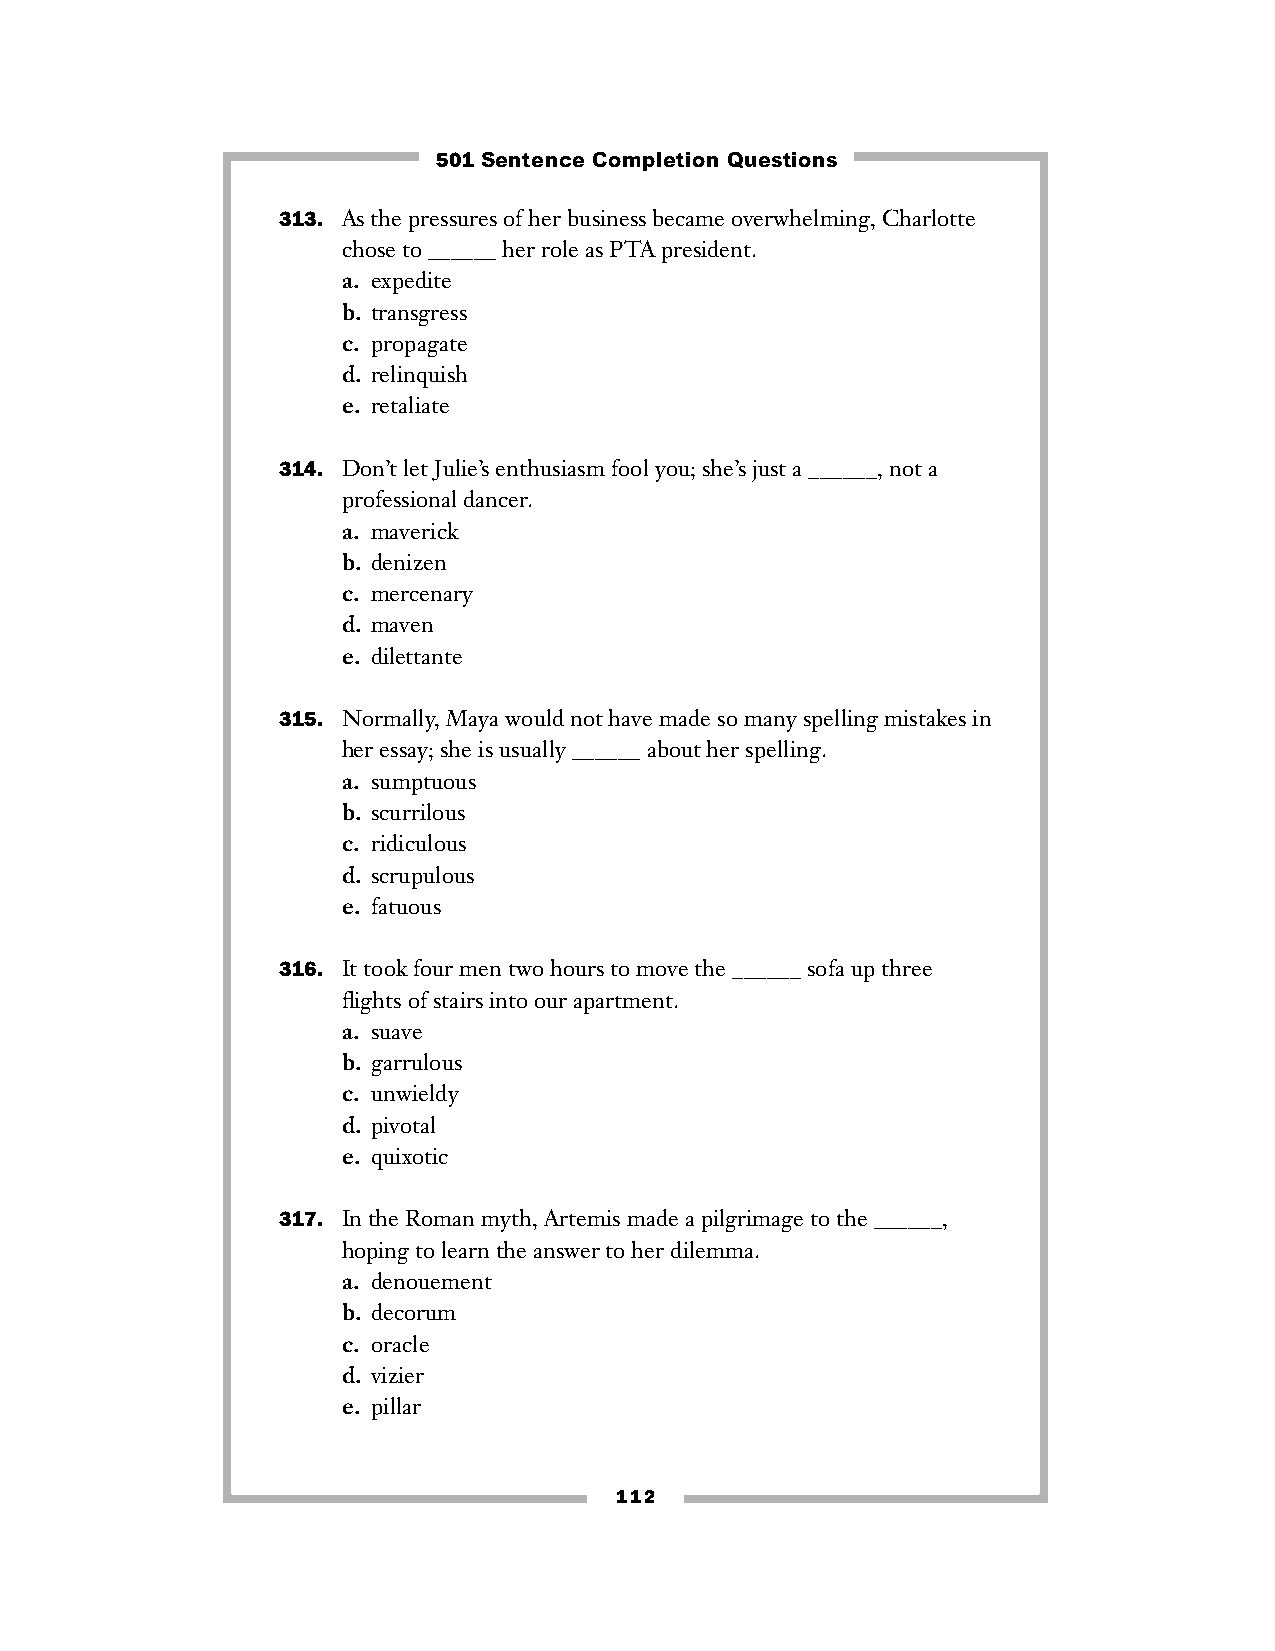
501 Sentence Completion Questions
 313. As the pressures of her business became overwhelming, Charlotte
 chose to ______ her role as PTA president.
 a. expedite
 b. transgress
 c. propagate
 d. relinquish
 e. retaliate
 314. Don’t let Julie’s enthusiasm fool you; she’s just a ______, not a
 professional dancer.
 a. maverick
 b. denizen
 c. mercenary
 d. maven
 e. dilettante
 315. Normally, Maya would not have made so many spelling mistakes in
 her essay; she is usually ______ about her spelling.
 a. sumptuous
 b. scurrilous
 c. ridiculous
 d. scrupulous
 e. fatuous
 316. It took four men two hours to move the ______ sofa up three
 flights of stairs into our apartment.
 a. suave
 b. garrulous
 c. unwieldy
 d. pivotal
 e. quixotic
 317. In the Roman myth, Artemis made a pilgrimage to the ______,
 hoping to learn the answer to her dilemma.
 a. denouement
 b. decorum
 c. oracle
 d. vizier
 e. pillar
 112